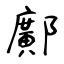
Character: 鄺